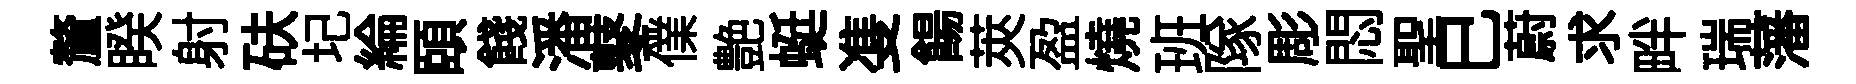
釐睽射砆圮綸頤餞潘鼕㒒艶蜓㕠餳莢盈燒班隊彫悶聖巳蔚求畔瑞藩